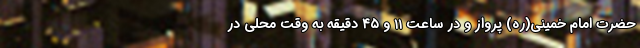
حضرت امام خمینی(ره) پرواز و در ساعت ۱۱ و ۴۵ دقیقه به وقت محلی در